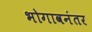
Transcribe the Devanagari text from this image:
भोगावनंतर